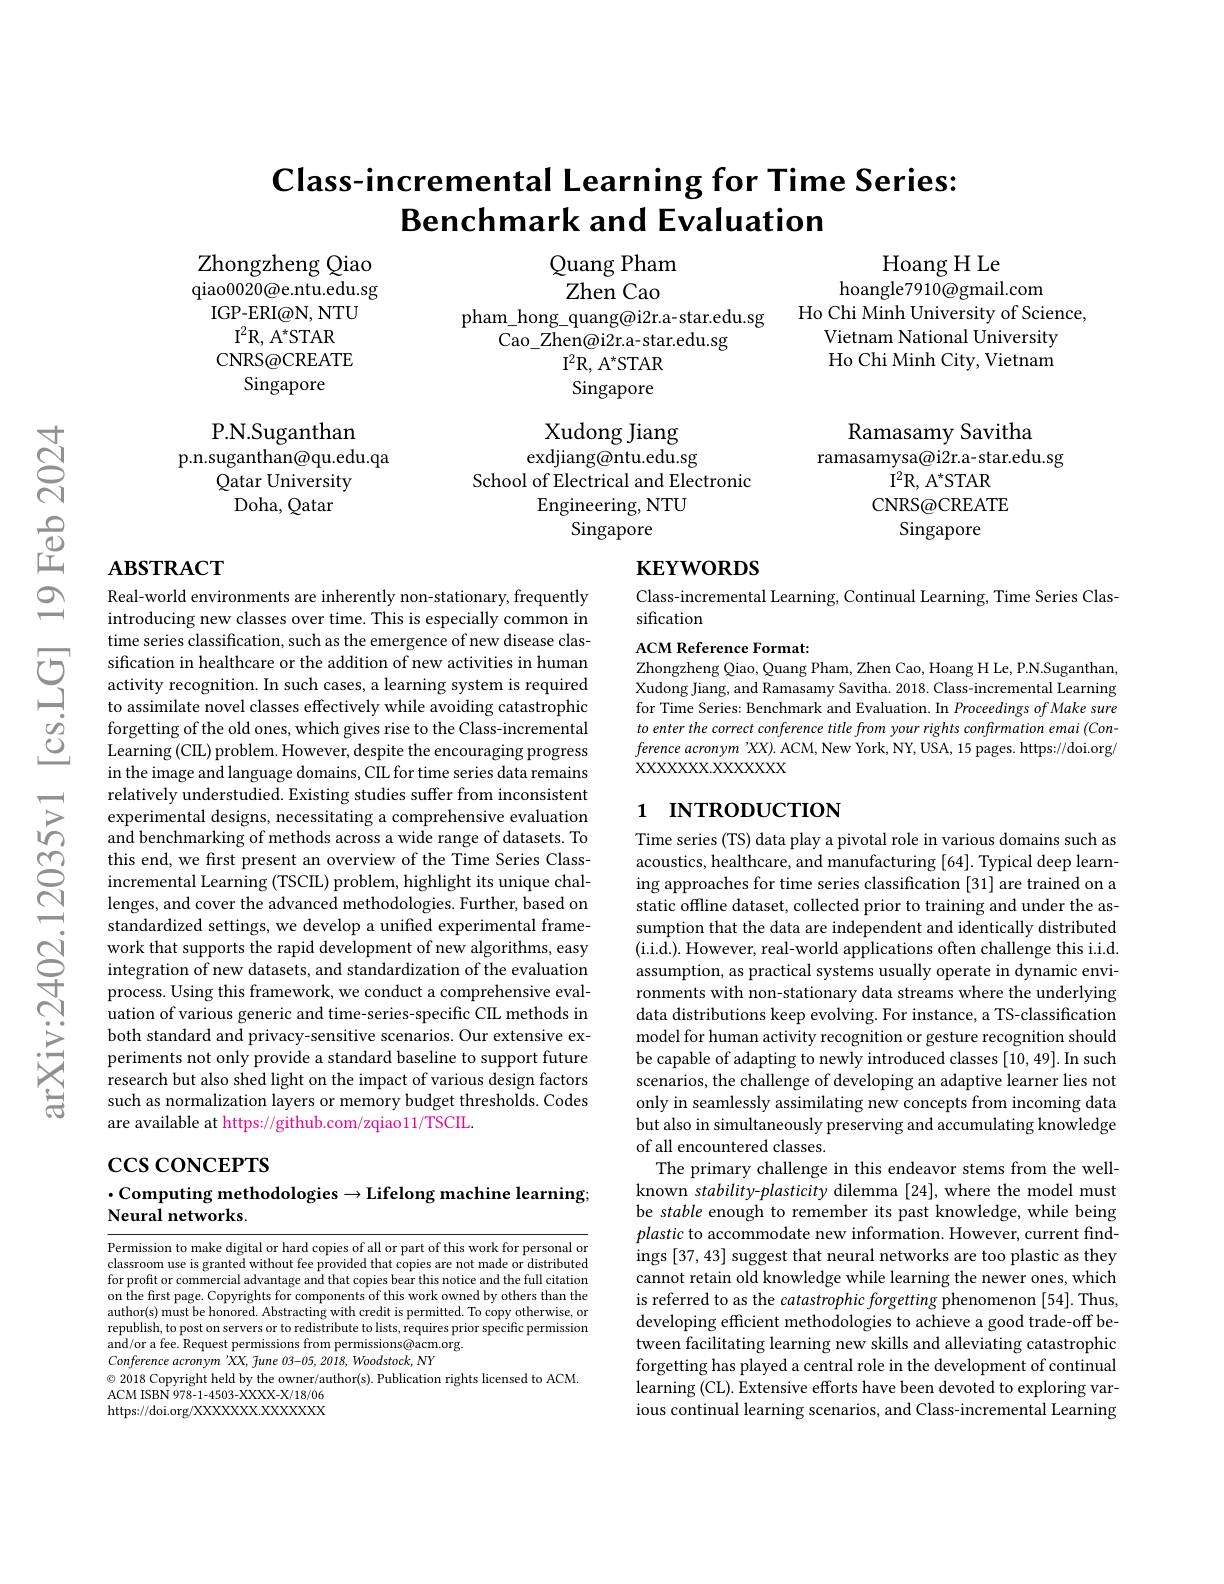
# Class-incremental Learning for Time Series: Benchmark and Evaluation

Hoang H Le
hoangle7910@gmail.com
Ho Chi Minh University of Science,
Vietnam National University Ho Chi Minh City, Vietnam

Quang Pham Zhen Cao
pham\_hong\_quang@i2r.a-star.edu.sg
$\bar{\text{Cao Zhen@i2r.a-star.edu.sg}}$
$\mathrm{I}^{2}$R, A$^*$STAR Singapore

Zhongzheng Qiao qiao0020@e.ntu.edu.sg
IGP-ERI@N, NTU
$\mathrm{I} ^{2}\mathrm{R, ~A}^{* }$STAR
CNRS@CREATE
Singapore
P.N.Suganthan
p.n.suganthan@qu.edu.qa
Qatar University
Doha, Qatar

Xudong Jiang
exdjiang@ntu.edu.sg
School of Electrical and Electronic
Engineering, NTU
Singapore

Ramasamy Savitha
ramasamysa@i2r.a-star.edu.sg
$\dot{\mathrm{I}}^{2}$R, A$^*$STAR CNRS@CREATE
Singapore

# $\mathbf{KEYWORDS}$

# $\mathbf{ABSTRACT}$

Class-incremental Learning, Continual Learning, Time Series Clas-
sification
ACM Reference Format:

Zhongzheng Qiao, Quang Pham, Zhen Cao, Hoang H Le, PN.Suganthan, Xudong Jiang, and Ramasamy Savitha. 2018. Class-incremental Learning for Time Series: Benchmark and Evaluation. In Proceedings of Make sure to enter the correct conference title from your rights confirmation emai (Conference acronym'XX). ACM, New York, NY, USA, 15 pages. https://doi.org/ XXXXXXX.XXXXXX

## 1 INTRODUCTION

Real-world environments are inherently non-stationary, frequently introducing new classes over time. This is especially common in time series classification, such as the emergence of new disease clas-
$\sum_{\begin{array}{ccc}&\text{sification in healthcare or the addition of new activities in human}\\&\text{activity recognition.In such cases,a learning system is required}\\&\text{to assimilate novel classes effectively while avoiding catastrophic}\end{array}}$
forgetting of the old ones, which gives rise to the Class-incremental Learning (CIL) problem. However, despite the encouraging progress in the image and language domains, CIL for time series data remains relatively understudied. Existing studies suffer from inconsistent experimental designs, necessitating a comprehensive evaluation and benchmarking of methods across a wide range of datasets. To this end, we first present an overview of the Time Series Classincremental Learning (TSCIL) problem, highlight its unique challenges, and cover the advanced methodologies. Further, based on standardized settings, we develop a unified experimental frame-
sandarduzed setungs, we develop a unnled experimental Irame- $\textcircled {\mathrm{j} }$work that supports the rapid development of new algorithms, easy integration of new datasets, and standardization of the evaluation process. Using this framework, we conduct
process. Using this framework, we conduct a comprehensive evaluation of various generic and time-series-specific CIL methods in both standard and privacy-sensitive scenarios. Our extensive experiments not only provide a standard baseline to support future research but also shed light on the impact of various design factors such as normalization layers or memory budget thresholds. Codes are available at https://github.com/zqiao11/TSCIL.

Time series (TS) data play a pivotal role in various domains such as acoustics, healthcare, and manufacturing [64]. Typical deep learning approaches for time series classification [31] are trained on a static offline dataset, collected prior to training and under the assumption that the data are independent and identically distributed (i.i.d.). However, real-world applications often challenge this i.i.d. assumption, as practical systems usually operate in dynamic environments with non-stationary data streams where the underlying data distributions keep evolving. For instance, a TS-classification model for human activity recognition or gesture recognition should be capable of adapting to newly introduced classes [10,49]. In such scenarios, the challenge of developing an adaptive learner lies not only in seamlessly assimilating new concepts from incoming data but also in simultaneously preserving and accumulating knowledge of all encountered classes.
The primary challenge in this endeavor stems from the wellknown stability-plasticity dilemma [24], where the model must be stable enough to remember its past knowledge, while being plastic to accommodate new information. However, current findings [37,43] suggest that neural networks are too plastic as they cannot retain old knowledge while learning the newer ones, which is referred to as the catastrophic forgetting phenomenon [54]. Thus, developing efficient methodologies to achieve a good trade-off between facilitating learning new skills and alleviating catastrophic forgetting has played a central role in the development of continual learning (CL). Extensive efforts have been devoted to exploring various continual learning scenarios, and Class-incremental Learning

$\csc$coNCEPTS

$\cdot$Computing methodologies$\to$Lifelong machine learning;
Neural networks.

Permission to make digital or hard copies of all or part of this work for personal or classroom use is granted without fee provided that copies are not made or distributed for profit or commercial advantage and that copies bear this notice and the full citation on the first page. Copyrights for components of this work owned by others than the author(s) must be honored. Abstracting with credit is permitted. To copy otherwise, or republish, to post on servers or to redistribute to lists, requires prior specific permission and/or a fee. Request permissions from permissions@acm.org.
Conference $acronym\:^{\prime }XX$, fune 03-05, 2018, $Woodstock$, $NY$
© 2018 Copyright held by the owner/author(s). Publication rights licensed to ACM.
ACM ISBN 978-1-4503-XXXX-X/18/06 https://doi.org/XXXXXXX.XXXXX